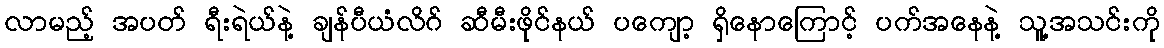
လာမည့် အပတ် ရီးရဲယ်နဲ့ ချန်ပီယံလိဂ် ဆီမီးဖိုင်နယ် ပကျော့ ရှိနောကြောင့် ပက်အနေနဲ့ သူ့အသင်းကို